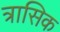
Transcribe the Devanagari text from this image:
त्रासिक